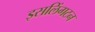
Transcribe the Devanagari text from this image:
इसलिंगटन